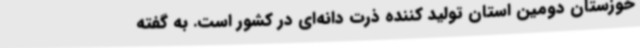
خوزستان دومین استان تولید کننده ذرت دانه‌ای در کشور است. به گفته‌